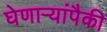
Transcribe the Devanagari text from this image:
घेणाऱ्यांपैकी